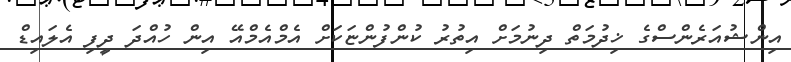
އިންޝުއަރެންސްގެ ޚިދުމަތް ދިނުމަށް އިތުރު ކުންފުންޏަކަށް އެމްއެމްއޭ އިން ހުއްދަ ދީފި އެލައިޑް